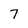
Character: 7